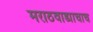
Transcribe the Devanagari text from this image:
मराठवाड्याचाच